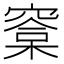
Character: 𣘿